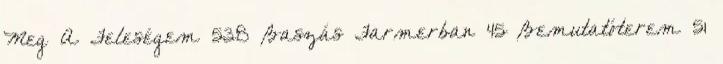
Meg A Feleségem 538 Baszás Farmerban 45 Bemutatóterem 51